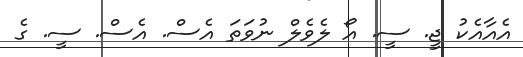
އެއާއެކު ޖީ. ސީ. އޯ ލެވެލް ނުވަތަ އެސް. އެސް. ސީ. ގެ